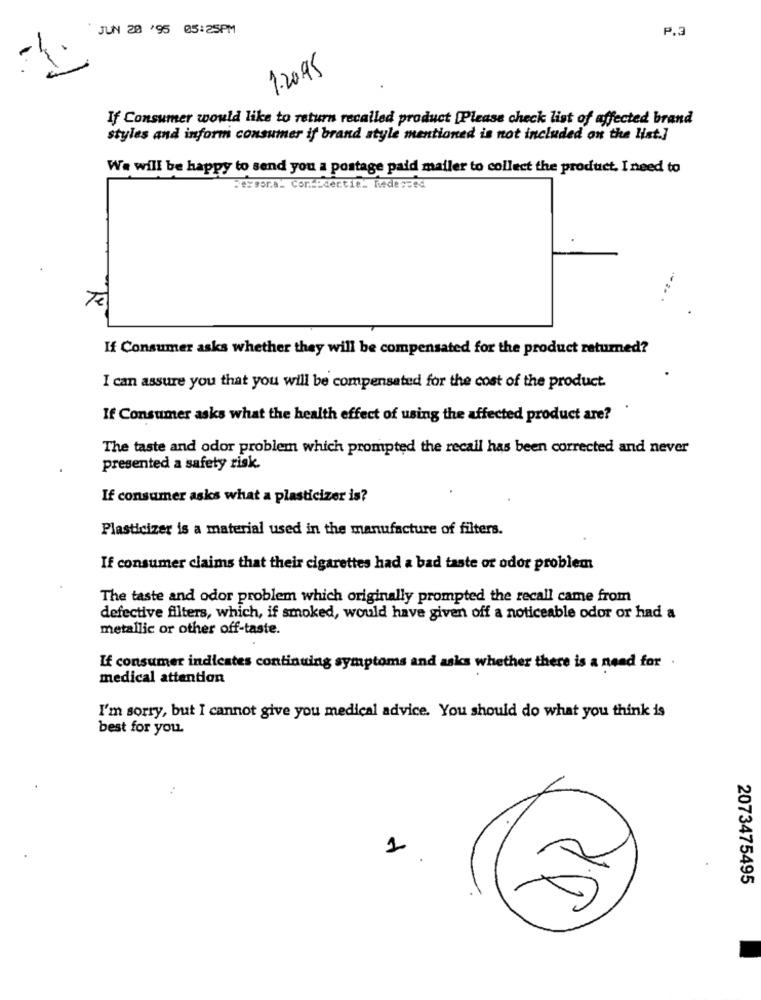
JUN 20 '95 05:25PM
P.3
1.2095
If Consumer would like to return recalled product [Please check list of affected brand
styles and inform consumer if brand style mentioned is not included on the list.]
We will be happy to send you a postage paid mailer to collect the product. I need to
Feysora_ Confidentiel Redessed
Te
If Consumer asks whether they will be compensated for the product returned?
I can assure you that you will be compensated for the cost of the product.
If Consumer asks what the health effect of using the affected product are?
The taste and odor problem which prompted the recall has been corrected and never
presented a safety risk.
If consumer asks what a plasticizer is?
Plasticizer is a material used in the manufacture of filters.
If consumer claims that their cigarettes had a bad taste or odor problem
The taste and odor problem which originally prompted the recall came from
defective filters, which, if smoked, would have given off a noticeable odor or had a
metallic or other off-taste.
If consumer indicates continuing symptoms and asks whether there is a need for .
medical attention
I'm sorry, but I cannot give you medical advice. You should do what you think is
best for you.
1
2073475495